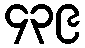
၄၃၉